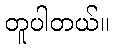
တူပါတယ်။